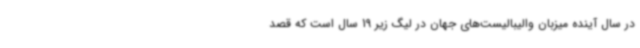
در سال آینده میزبان والیبالیست‌های جهان در لیگ زیر 19 سال است که قصد